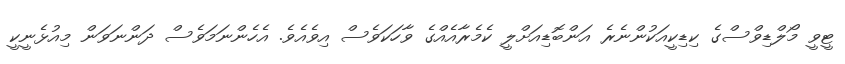
ޓީވީ މޯލްޑިވްސްގެ ކިޑިކީއަކުންނެރެ އަންބޮޑިއަށްލީ ކެމެރާއެއްގެ ވާހަކަވެސް އިވެއެވެ. އެހެންނަމަވެސް ދަންނަވަން މިއުޅެނީކީ